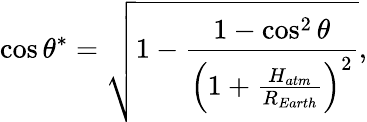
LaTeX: \cos\theta^{*}=\sqrt{1-\frac{1-\cos^{2}\theta}{\left(1+\frac{H_{atm}}{R_{Earth}}\right)^{2}}},